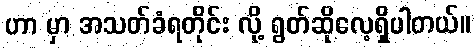
ဟာ မှာ အသတ်ခံရတိုင်း လို့ ရွတ်ဆိုလေ့ရှိပါတယ်။